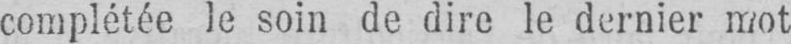
complétée le soin de dire le dernier mot